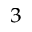
^ 3